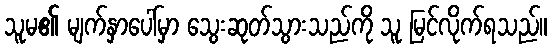
သူမ၏ မျက်နှာပေါ်မှာ သွေးဆုတ်သွားသည်ကို သူ မြင်လိုက်ရသည်။